Report on vaccination in Madras 1895-1903 - 1895-1903
Year: 1895
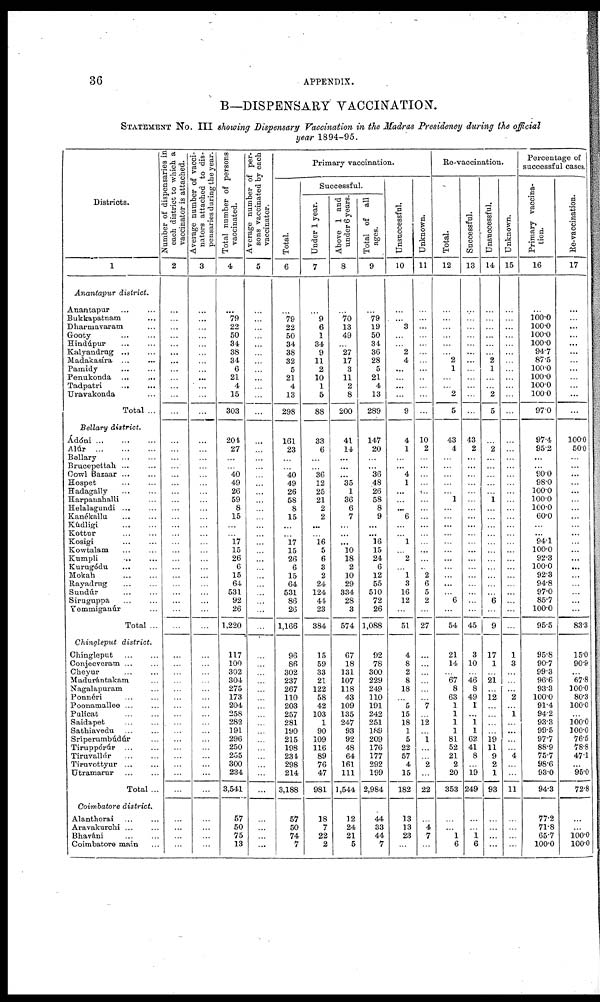
36
APPENDIX.
B—DISPENSARY VACCINATION.
STATEMENT No. III showing Dispensary Vaccination in the Madras Presidency during the official
year 1894-95.
Districts.
1
Anantapur district.
Anantapur ... ...
Bukkapatnam ...
Dharmavaram ...
Gooty ... ...
Hindúpur ... ...
Kalyandrug
...
...
Madakasíra ... ...
Pamidy ... ...
Penukonda
...
...
Tadpatri
...
...
Uravakonda ...
Total ...
Bellary district.
Ádóni
...
...
...
Alúr
...
...
...
Bellary
...
...
Bruoepettah ... ...
Cowl Bazaar ...
Hospet ... ...
Hadagally ... ...
Harpanahalli ...
Helalagundi ... ...
Kanékallu
...
...
Kúdligl
...
...
Kottur
...
...
Kosigi ... ...
Kowtalam ... ...
Kumpli
...
...
Kurugódu ... ...
Mokah ... ...
Rayadrug
...
...
Sundúr
...
...
Siruguppa ... ...
Yemmiganúr
Total ...
Chingleput
district.
Chingleput ... ...
Conjeeveram ... ...
Cheyur ... ...
Madurántakam ...
Nagalapuram ...
Ponnéri ... ...
Poonamallee ... ...
Pulicat ... ...
Saidapet ... ...
Sathiavedu ... ...
Srípernmbúdúr ...
Tiruppórúr
...
...
Tiruvallúr ... ...
Tiruvottyur ... ...
Utramarur ... ...
Total ...
Coimbatore district.
Alanthorai ... ...
Aravakurchi ... ...
Bhaváni ... ...
Coimbatore main ...
Number of dispensaries in
each district to which a
vaccinator is attached.
2
...
...
...
...
...
...
...
...
...
...
...
...
...
...
...
...
...
...
...
...
...
...
...
...
...
...
...
...
...
...
...
...
...
...
...
...
...
...
...
...
...
...
...
...
...
...
...
...
...
...
...
...
...
...
Average number of vacci-
nators attached to dis-
pensaries during the year.
3
...
...
...
...
...
...
...
...
...
...
...
...
...
...
...
...
...
...
...
...
...
...
...
...
...
...
...
...
...
...
...
...
...
...
...
...
...
...
...
...
...
...
...
...
...
...
...
...
...
...
...
...
...
...
Total number of persons
vaccinated.
4
...
79
22
50
34
38
34
6
21
4
15
303
204
27
...
...
40
49
26
59
8
15
...
...
17
15
26
6
15
64
531
92
26
1,220
117
100
302
304
275
173
204
258
282
191
296
250
255
300
234
3,541
57
50
75
13
Average number of per-
sons vaccinated by each
vaccinator.
5
...
...
...
...
...
...
...
...
...
...
...
...
...
...
...
...
...
...
...
...
...
...
...
...
...
...
...
...
...
...
...
...
...
...
...
...
...
...
...
...
...
...
...
...
...
...
...
...
...
...
...
...
...
...
Primary vaccination.
Total.
6
...
79
22
50
34
38
32
5
21
4
13
298
161
23
...
...
40
49
26
58
8
15
...
...
17
15
26
6
15
64
531
86
26
1,166
96
86
302
237
267
110
203
257
281
190
215
198
234
298
214
3,188
57
50
74
7
Successful.
Under 1 year.
7
...
9
6
1
34
9
11
2
10
1
5
88
33
6
...
...
36
12
25
21
2
2
...
...
16
5
6
3
2
24
124
44
23
384
15
59
33
21
122
58
42
103
1
90
109
116
89
76
47
981
18
7
22
2
Above 1 and
under 6 years.
8
...
70
13
49
...
27
17
3
11
2
8
200
41
14
...
...
...
35
1
36
6
7
...
...
...
10
18
2
10
29
334
28
3
574
67
18
131
107
118
43
109
135
247
93
92
48
64
161
111
1,544
12
24
21
5
Total of all
ages.
9
...
79
19
50
34
36
28
5
21
4
13
289
147
20
...
...
36
48
26
58
8
9
...
...
16
15
24
6
12
55
510
72
26
1,088
92
78
300
229
249
110
191
242
251
189
209
176
177
292
199
2,984
44
33
44
7
Unsuccessful.
10
...
...
3
...
...
2
4
...
...
...
...
9
4
1
...
...
4
1
...
...
...
6
...
...
1
...
2
...
1
3
16
12
...
51
4
8
2
8
18
...
5
15
18
1
5
22
57
4
15
182
13
13
23
...
Unknown.
11
...
...
...
...
...
...
...
...
...
...
...
...
10
2
...
...
...
...
...
...
...
...
...
...
...
...
...
...
2
6
5
2
...
27
...
...
...
...
...
...
7
...
12
...
1
...
...
2
...
22
...
4
7
...
Re-vaccination.
Total.
12
...
...
...
...
...
...
2
1
...
...
2
5
43
4
...
...
...
...
...
1
...
...
...
...
...
...
...
...
...
...
...
6
...
54
21
14
...
67
8
63
1
1
1
1
81
52
21
2
20
353
...
...
1
6
Successful.
13
...
...
...
...
...
...
...
...
...
...
...
...
43
2
...
...
...
...
...
...
...
...
...
...
...
...
...
...
...
...
...
...
...
45
3
10
...
46
8
49
1
...
1
1
62
41
8
...
19
249
...
...
1
6
Unsuccessful.
14
...
...
...
....
...
...
2
1
...
...
2
5
...
2
...
...
...
...
...
1
...
...
...
...
...
...
...
...
...
...
...
6
...
9
17
1
...
21
...
12
...
...
...
...
19
11
9
2
1
93
...
...
...
...
Unknown.
15
...
...
...
...
...
...
...
...
...
...
...
...
...
...
...
...
...
...
...
...
...
...
...
...
...
...
...
...
...
...
...
...
...
...
1
3
...
...
...
2
...
1
...
...
...
...
4
...
...
11
...
...
...
...
Percentage of
successful cases.
Primary vaccina-
tion.
16
...
100.0
100.0
100.0
100.0
94.7
87.5
100.0
100.0
100.0
100.0
97.0
97.4
95.2
...
...
90.0
98.0
100.0
100.0
100.0
60.0
...
...
94.1
100.0
92.3
100.0
92.3
94.8
97.0
85.7
100.0
95.5
95.8
90.7
99.3
96.6
93.3
100.0
91.4
94.2
93.3
99.5
97.7
88.9
75.7
98.6
93.0
94.3
77.2
71.8
65.7
100.0
Re-vaccination.
17
...
...
...
...
...
...
...
...
...
...
...
...
100.0
50.0
...
...
...
...
...
...
...
...
...
...
...
...
...
...
...
...
...
...
...
83.3
15.0
90.9
...
67.8
100.0
80.3
100.0
...
100.0
100.0
76.5
78.8
47.1
...
95.0
72.8
...
...
100.0
100.0